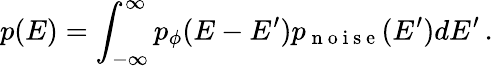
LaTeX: p(E)=\int_{-\infty}^{\infty}p_{\phi}(E-E^{\prime})p_{\mathrm{~n~o~i~s~e~}}(E^{\prime})dE^{\prime}\, .